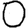
Digit: 0